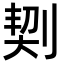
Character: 㓶